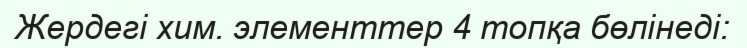
Жердегі хим. элементтер 4 топқа бөлінеді: